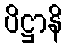
ပိဋ္ဌာနိ